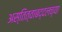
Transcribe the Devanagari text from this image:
अस्तित्वाबद्दलच्या